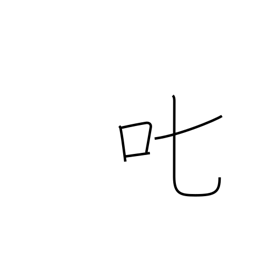
Meaning: scold